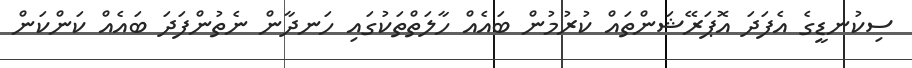
ސިކުނޑީގެ އެފަދަ އޮޕަރޭޝަންތައް ކުރުމުން ބައެއް ހާލަތްތަކުގައި ހަނދާން ނެތުންފަދަ ބައެއް ކަންކަން